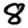
Digit: 8